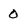
Character: 0